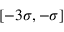
[ - 3 \sigma , - \sigma ]